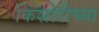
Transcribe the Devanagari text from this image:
किशोरीच्या